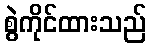
စွဲကိုင်ထားသည်